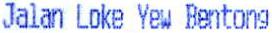
JALAN LOKE YEW BENTONG